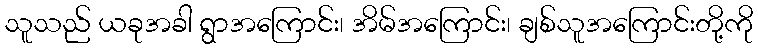
သူသည် ယခုအခါ ရွာအကြောင်း၊ အိမ်အကြောင်း၊ ချစ်သူအကြောင်းတို့ကို